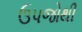
ઉપજોથી